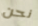
نحن